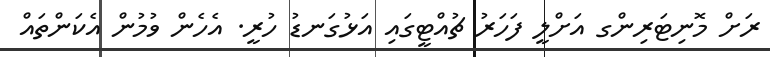
ރަށް މޮނިޓަރިންގ އަށްލީ ފަހަރު ޗުއްޓީގައި އަޅުގަނޑު ހުރީ. އެހެން ވުމުން އެކަންތައް